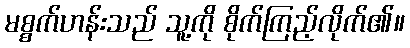
မစ္စက်ဟန်းသည် သူ့ကို စိုက်ကြည့်လိုက်၏။